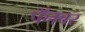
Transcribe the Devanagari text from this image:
पॅनवर